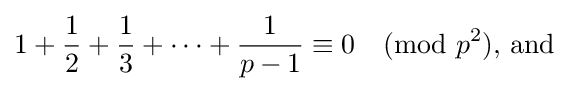
1+{1 \over 2}+{1 \over 3}+\dots +{1 \over p-1}\equiv 0{\pmod {p^{2}}}{\mbox{, and}}